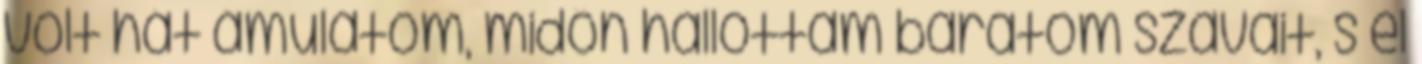
volt hát ámulatom, midőn hallottam barátom szavait, s el